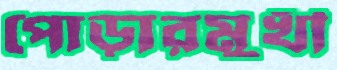
পোড়ারমুখী